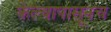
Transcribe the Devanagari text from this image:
केल्यापासूनच